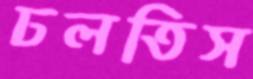
ঢলতিস